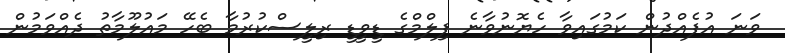
ވަނަ އުފެއްދުން ކަމުގައިވާ ހެޔޮނުވާނެ ފިލްމްގެ ޑީވީޑީ ރިލީސްކުރުމާ ބެހޭ މައުލޫމާތު ދެއްވަމުން